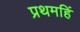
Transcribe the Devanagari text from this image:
प्रथमहिं